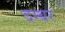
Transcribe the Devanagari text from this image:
दम्बर